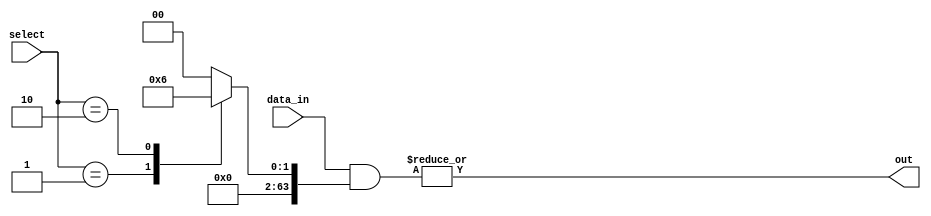
module mux_64_to_1 (
    input [63:0] data_in,
    input [5:0] select,
    output reg out
);

reg [63:0] decoded_select;

always @(*) begin
    case (select)
        6'b000001: decoded_select = 64'b00000001;
        6'b000010: decoded_select = 64'b00000010;
        // Add cases for all possible select combinations
        default: decoded_select = 64'b0;
    endcase
end

wire [63:0] selected_input;
assign selected_input = data_in & decoded_select;

always @(*) begin
    out = |selected_input;
end

endmodule